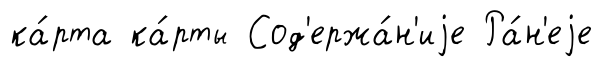
ка́рта ка́рты Сод'ержа́н'иjе Ра́н'еjе